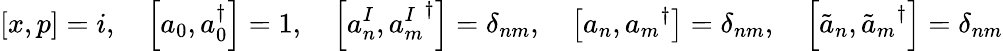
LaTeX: \left[x,p\right]=i,\quad\left[a_{0},a_{0}^{\dagger}\right]=1,\quad\left[a_{n}^{I},{a_{m}^{I}}^{\dagger}\right]=\delta_{nm},\quad\left[a_{n},{a_{m}}^{\dagger}\right]=\delta_{nm},\quad\left[\tilde{a}_{n},{\tilde{a}_{m}}^{\dagger}\right]=\delta_{nm}